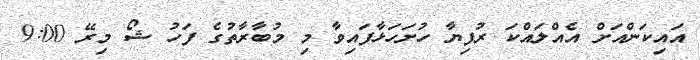
އައިކަންއަށް އެއްލައްކަ ރުފިޔާ ހުށަހަޅާފައިވާ މި މުބާރާތުގެ ފަހު ޝޯ މިރޭ 9:00